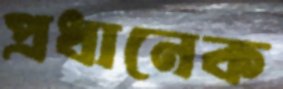
প্রধানেক